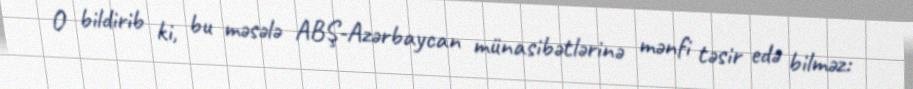
O bildirib ki, bu məsələ ABŞ-Azərbaycan münasibətlərinə mənfi təsir edə bilməz: